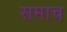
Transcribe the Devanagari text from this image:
समाच